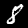
Label: 8